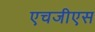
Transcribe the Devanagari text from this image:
एचजीएस